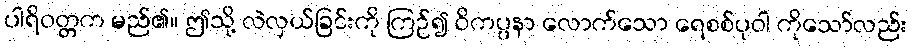
ပါရိဝတ္တက မည်၏။ ဤသို့ လဲလှယ်ခြင်းကို ကြဉ်၍ ဝိကပ္ပနာ လောက်သော ရေစစ်ပုဝါ ကိုသော်လည်း